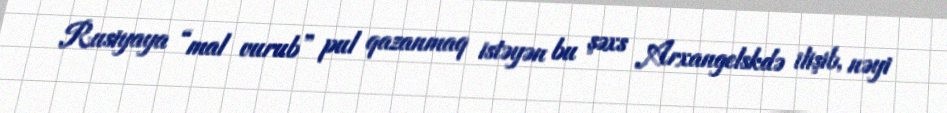
Rusiyaya “mal vurub” pul qazanmaq istəyən bu şəxs Arxangelskdə ilişib, nəyi